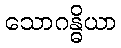
သောဂန္ဓိယာ